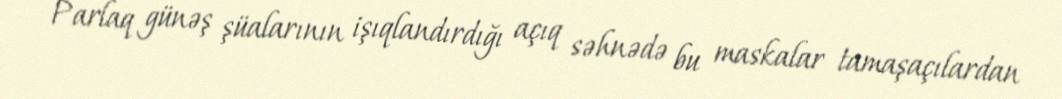
Parlaq günəş şüalarının işıqlandırdığı açıq səhnədə bu maskalar tamaşaçılardan